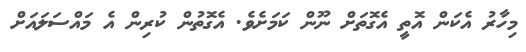
މިހާރު އެކަން އޮތީ އެގޮތަށް ނޫން ކަމަށެވެ. އެގޮތުން ކުރިން އެ މައްސަލައަށް